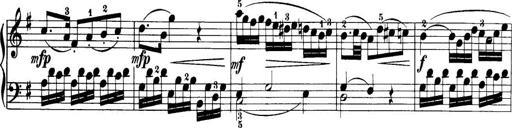
Title: 32 Sonatinas and Rondos for the Piano
Composer: Richard Kleinmichel